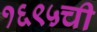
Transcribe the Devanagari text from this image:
१६९५ची